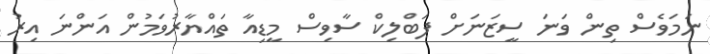
ނަމަވެސް ތިން ވަނަ ސީޒަނަށް ޕަބްލިކް ސާވިސް މީޑިއާ ތައްޔާރުވަމުން އަންނަ އިރު